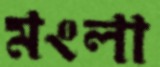
মংলা